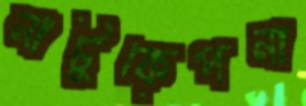
নাটুকেপনা